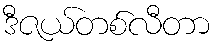
ဒီဇယ်တစ်လီတာ